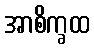
အာစိက္ခထ